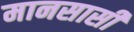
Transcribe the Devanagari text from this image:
मानसासी